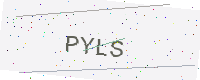
Text: PYLS